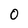
Character: O